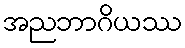
အညဘာဂိယဿ